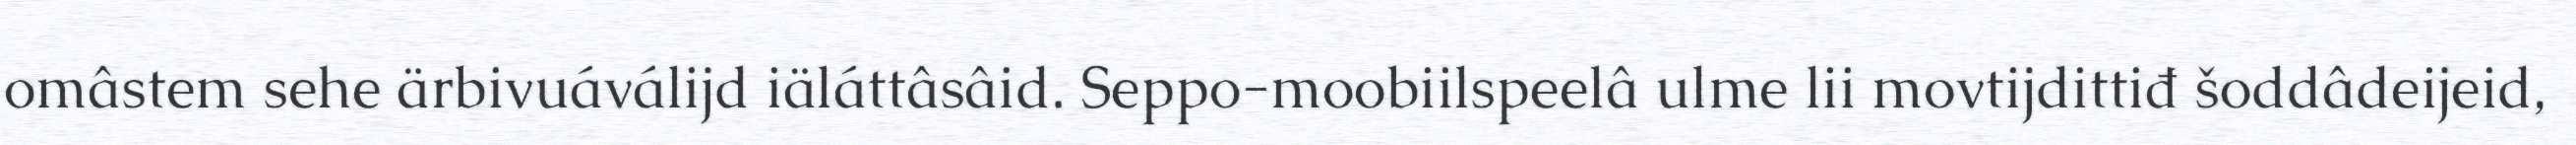
omâstem sehe ärbivuáválijd iäláttâsâid. Seppo-moobiilspeelâ ulme lii movtijdittiđ šoddâdeijeid,